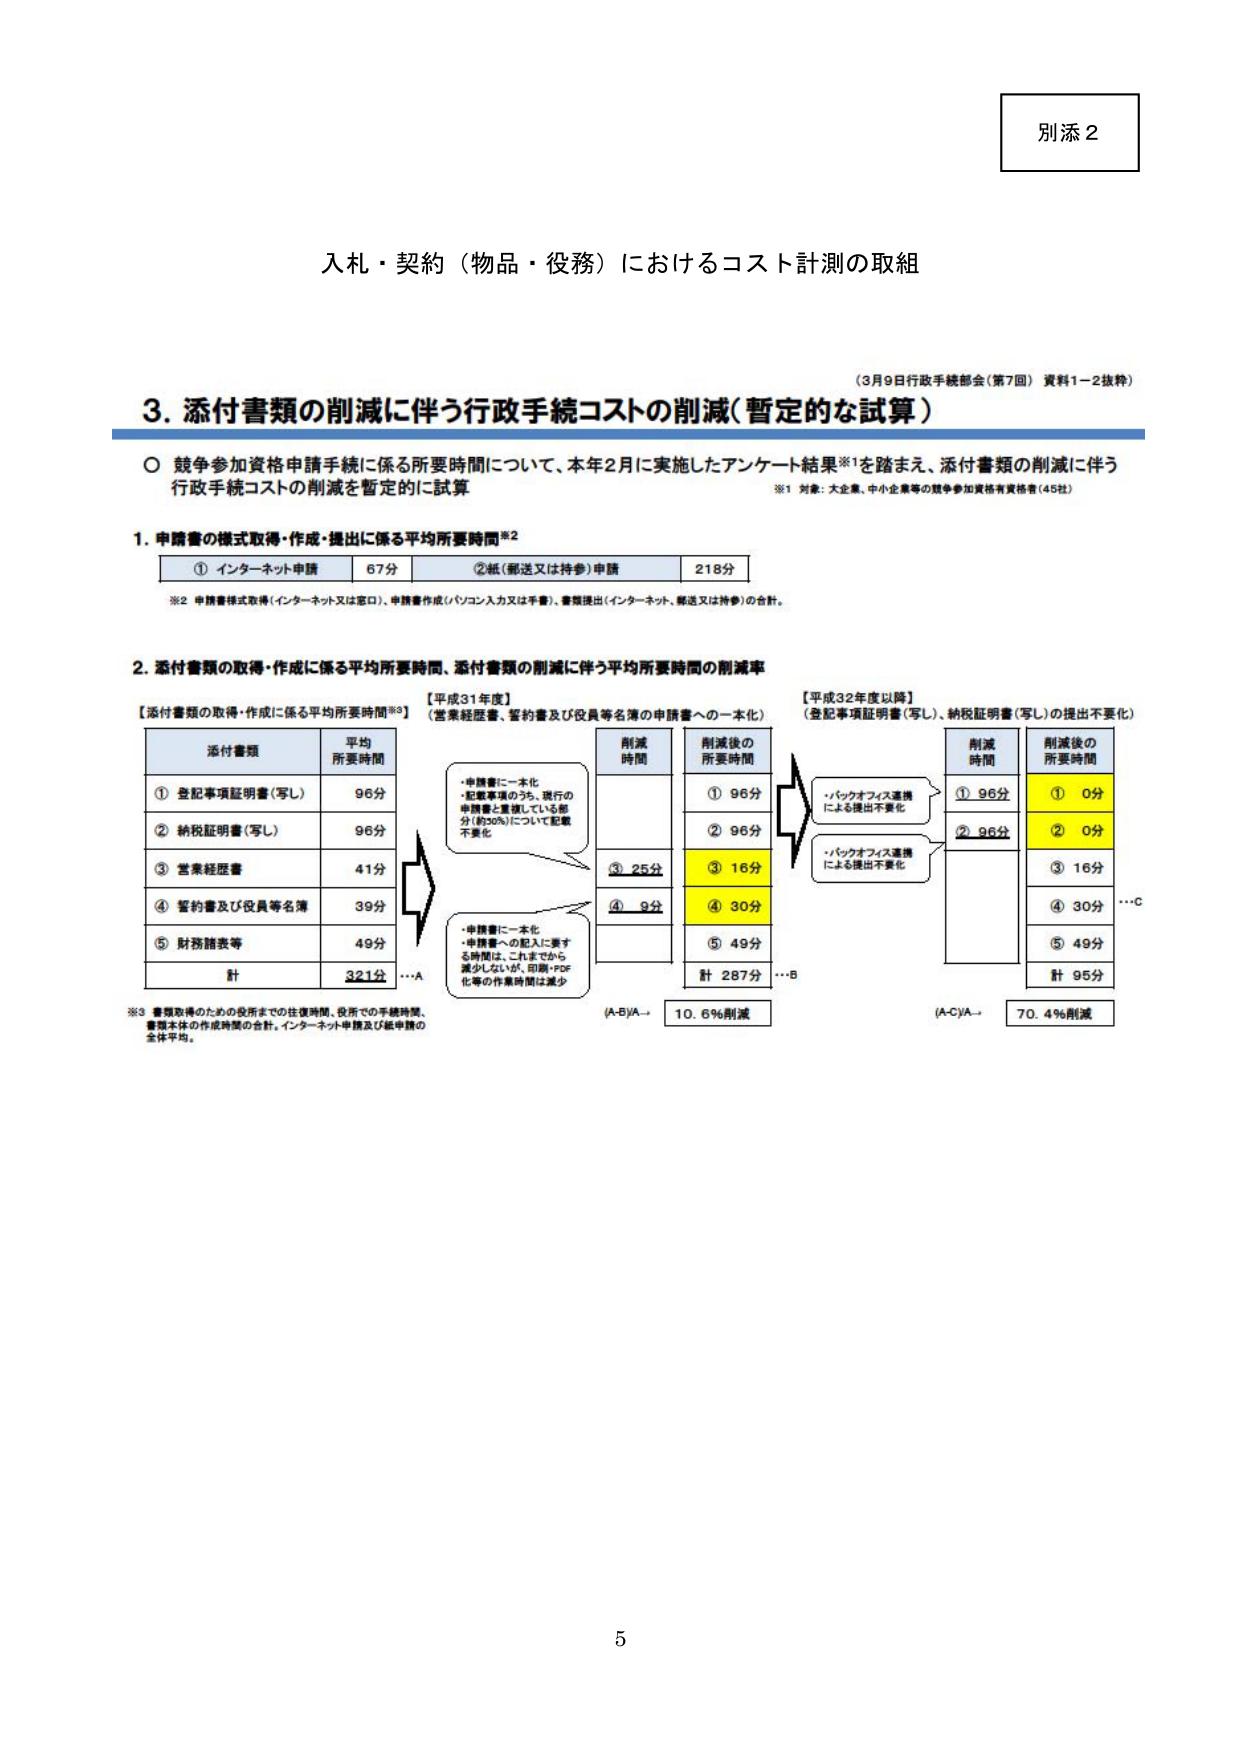
別添２

入札・契約（物品・役務）におけるコスト計測の取組

（3月9日行政手続部会（第7回） 資料1－2抜粋）

3. 添付書類の削減に伴う行政手続コストの削減（暫定的な試算）

○ 競争参加資格申請手続に係る所要時間について、本年2月に実施したアンケート結果※1を踏まえ、添付書類の削減に伴う行政手続コストの削減を暫定的に試算

※1 対象：大企業、中小企業等の競争参加資格有資格者（45社）

1. 申請書の様式取得・作成・提出に係る平均所要時間※2

① インターネット申請 67分
② 紙（郵送又は持参）申請 218分

※2 申請書様式取得（インターネット又は窓口）、申請書作成（パソコン入力又は手書）、書類提出（インターネット、郵送又は持参）の合計。

2. 添付書類の取得・作成に係る平均所要時間、添付書類の削減に伴う平均所要時間の削減率

【添付書類の取得・作成に係る平均所要時間※3】
【平成31年度】
（営業経歴書、誓約書及び役員等名簿の申請書への一本化）

添付書類 平均所要時間
① 登記事項証明書（写し） 96分
② 納税証明書（写し） 96分
③ 営業経歴書 41分
④ 誓約書及び役員等名簿 39分
⑤ 財務諸表等 49分
計 321分 …A

※3 書類取得のための役所までの往復時間、役所での手続時間、書類本体の作成時間の合計。インターネット申請及び紙申請の全体平均。

・申請書に一本化
・記載事項のうち、現行の申請書と重複している部分（約50%）について記載不要化

削減時間 削減後の所要時間
① 96分
② 96分
③ 25分
④ 9分
⑤ 49分
計 287分 …B

(A-B)/A→ 10.6%削減

【平成32年度以降】
（登記事項証明書（写し）、納税証明書（写し）の提出不要化）

削減時間 削減後の所要時間
① 96分 ① 0分
② 96分 ② 0分
③ 16分
④ 30分
⑤ 49分
計 95分

・バックオフィス連携による提出不要化
・バックオフィス連携による提出不要化

(A-C)/A→ 70.4%削減

5